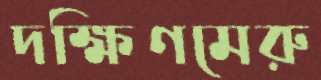
দক্ষিণমেরু